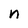
Character: n